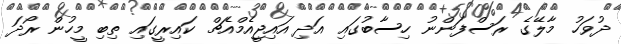
ދުވަހު މާލޭގެ ރަސްފަންނު ހިސާބުގައި އަދި އައިޖީއެމްއެޗް ކައިރީގައި ތިބި މީހުން ރޯދަ